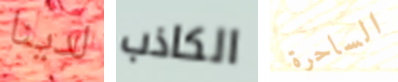
لدينا الكاذب الساحرة